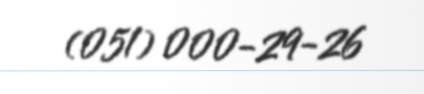
(051) 000-29-26